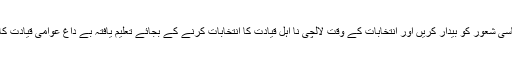
ضرورت اس بات کی ھیکہ عوام کو چاہئے کہ وہ اپنے سیاسی شعور کو بیدار کریں اور انتخابات کے وقت لالچی نا اہل قیادت کا انتخابات کرنے کے بجائے تعلیم یافتہ بے داغ عوامی قیادت کا انتخاب کرتے ہوئے ملک کو ترقی کی سمت گامزن کریں۔